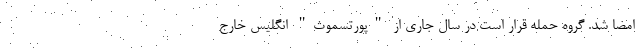
امضا شد. گروه حمله قرار است در سال جاری از "پورتسموث" انگلیس خارج